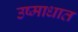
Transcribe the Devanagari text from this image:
उष्माधात